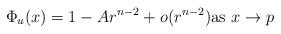
LaTeX: \begin{align*}\Phi_u(x)=1-Ar^{n-2}+o(r^{n-2})\textrm{as }x\to p\end{align*}